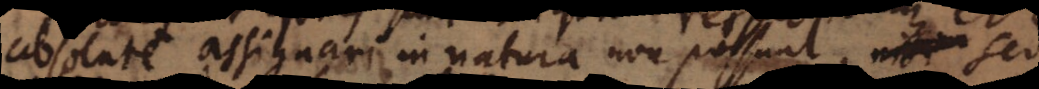
absolute assignari in natura non possunt, se